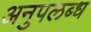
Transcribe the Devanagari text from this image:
अनुपलब्‍ध